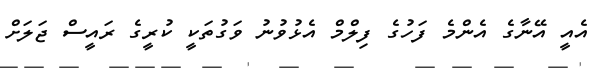
އެއީ އޭނާގެ އެންމެ ފަހުގެ ފިލްމް އެޅުވުނު ވަގުތަކީ ކުރީގެ ރައީސް ޖަލަށް